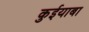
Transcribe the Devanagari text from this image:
कुईयाबा